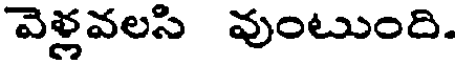
వెళ్లవలసి వుంటుంది.